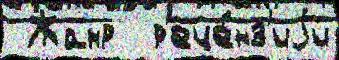
 Жанр  р'еце́нз'иjи